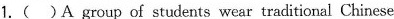
1.( )A group of students wear traditional Chinese